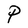
Character: P